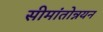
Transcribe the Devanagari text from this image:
सीमांतोन्नयन